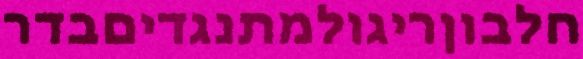
חלבוןריגולמתנגדיםבדר